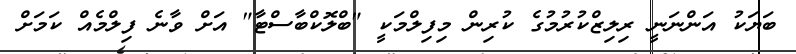
ބަޔަކު އަންނަނީ ރިލިޒްކުރުމުގެ ކުރިން މިފިލްމަކީ "ބްލޮކްބާސްޓާ" އަށް ވާނެ ފިލްމެއް ކަމަށް